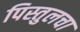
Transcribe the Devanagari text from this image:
पिस्तुलचा